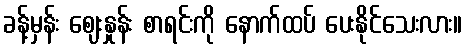
ခန့်မှန်း ဈေးနှုန်း စာရင်းကို နောက်ထပ် ပေးနိုင်သေးလား။